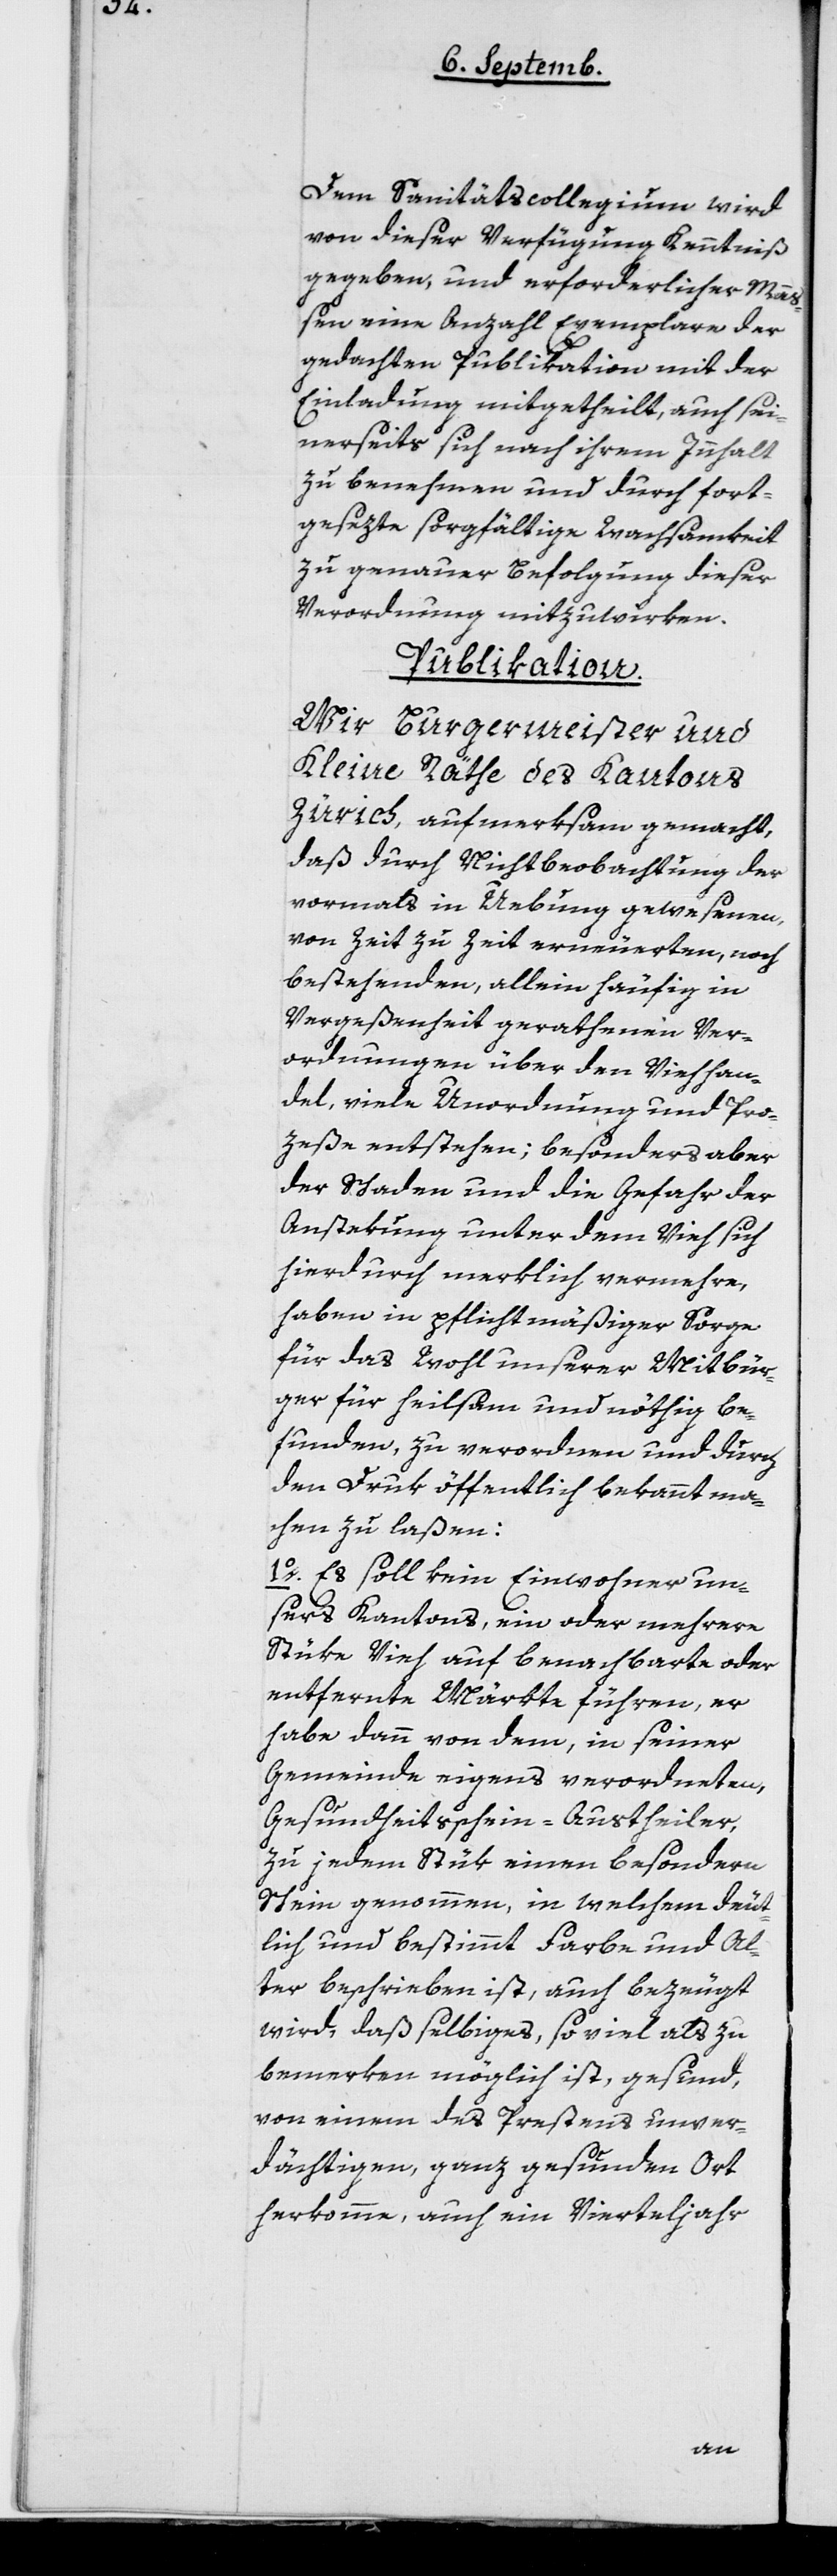
Dem Sanitätscollegium wird
von dieser Verfügung Kenntniß
gegeben, und erforderlicher Maa¬
ßen eine Anzahl Exemplare der
gedachten Publikation mit der
Einladung mitgetheilt, auch sei¬
nerseits sich nach ihrem Innhalt
zu benehmen und durch fort¬
gesezte sorgfältige Wachsamkeit
zu genauer Befolgung dieser
Verordnung mitzuwirken.
Publikation.
Wir Burgermeister und
Kleine Räthe des Kantons
Zürich, aufmerksam gemacht,
daß durch Nichtbeobachtung der
vormals in Übung gewesenen,
von Zeit zu Zeit erneuerten, noch
bestehenden, allein häufig in
Vergeßenheit gerathenen Ver¬
ordnungen über den Viehhan¬
del, viele Unordnung und Pro¬
zeße entstehen; besonders aber
der Schaden und die Gefahr der
Anstekung unter dem Vieh sich
hierdruch merklich vermehre,
haben in pflichtmäßiger Sorge
für das Wohl unserer Mitbür¬
ger für heilsam und nöthig be¬
funden, zu verordnen und durch
den Druk öffentlich bekannt ma¬
chen zu laßen:
1o Es soll kein Einwohner un¬
sers Kantons ein oder mehrere
Stüke Vieh auf benachbarte oder
entfernte Märkte führen, er
habe denn von dem, in seiner
Gemeinde eigens verordneten,
Gesundheitsschein-Austheiler,
zu jedem Stük einen besondern
Schein genommen, in welchem deut¬
lich und bestimmt Farbe und Al¬
ter beschrieben ist, auch bezeugt
wird, daß selbiges, so viel als zu
bemerken möglich ist, gesund,
von einem des Prestens unver¬
dächtigen, ganz gesunden Ort
herkomme, auch ein Vierteljahr